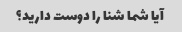
آیا شما شنا را دوست دارید؟